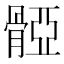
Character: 𩩤